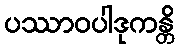
ပဿာဝပါဒုကန္တိ